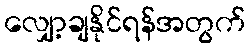
လျှော့ချနိုင်ရန်အတွက်